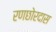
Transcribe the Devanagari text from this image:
रणछोरदास